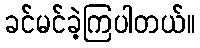
ခင်မင်ခဲ့ကြပါတယ်။